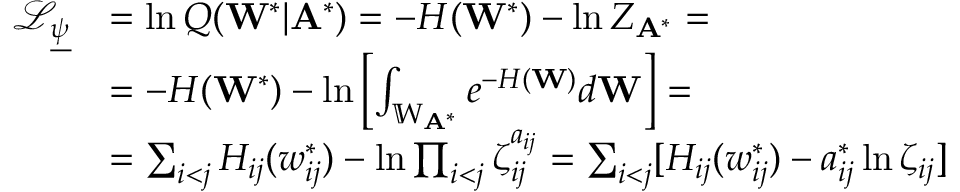
\begin{array} { r l } { \mathcal { L } _ { \underline { { \psi } } } } & { = \ln Q ( \mathbf { W } ^ { * } | \mathbf { A } ^ { * } ) = - H ( \mathbf { W } ^ { * } ) - \ln Z _ { \mathbf { A } ^ { * } } = } \\ & { = - H ( \mathbf { W } ^ { * } ) - \ln \left[ \int _ { \mathbb { W } _ { \mathbf { A } ^ { * } } } e ^ { - H ( \mathbf { W } ) } d \mathbf { W } \right] = } \\ & { = \sum _ { i < j } H _ { i j } ( w _ { i j } ^ { * } ) - \ln \prod _ { i < j } \zeta _ { i j } ^ { a _ { i j } } = \sum _ { i < j } [ H _ { i j } ( w _ { i j } ^ { * } ) - a _ { i j } ^ { * } \ln \zeta _ { i j } ] } \end{array}